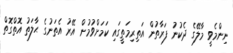
ނިންމެވީ މާލޭގެ ދެކުނު ފަރާތުން އަތިރިމަތީގައި ކަމަށްވުމުން އޭރު އެތަނުގެ ޙާލަތު އޮތްގޮތް